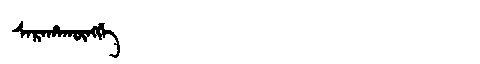
Manchu: ᠰᠠᡵᠠᡥᠠᡴᡡᠩᡤᡝ
Romanization: SARAHAKŪNGGE